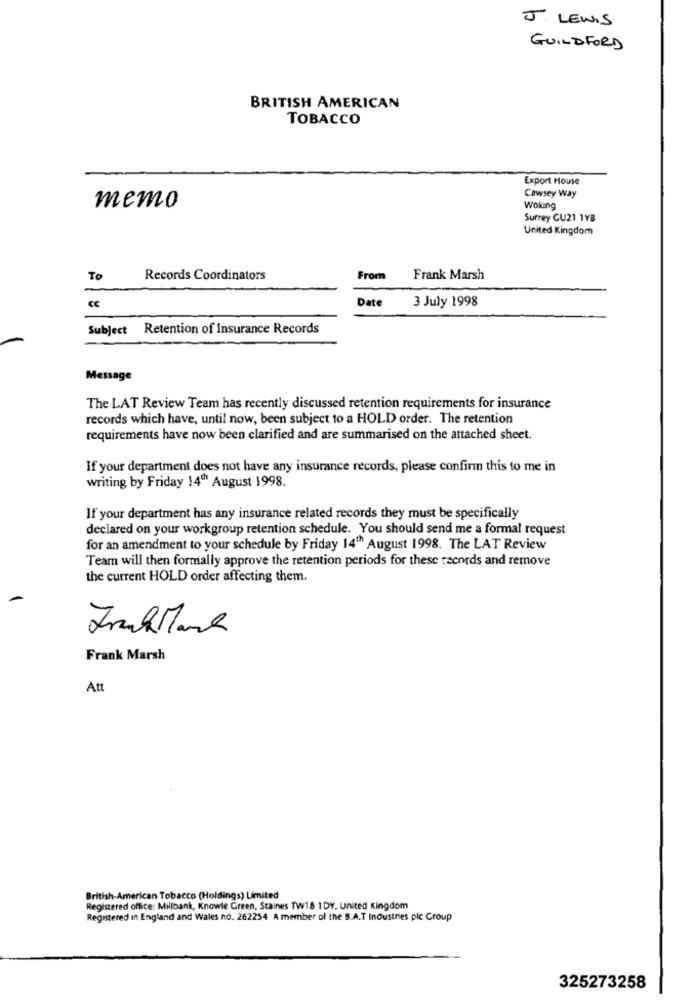
J. LEWIS
GUILDFORD
BRITISH AMERICAN
TOBACCO
Export House
Cawsey Way
memo
Woking
Surrey CU21 1YB
United Kingdom
To
Records Coordinators
From
Frank Marsh
Date
3 July 1998
CC
Subject Retention of Insurance Records
Message
The LAT Review Team has recently discussed retention requirements for insurance
records which have, until now, been subject to a HOLD order. The retention
requirements have now been clarified and are summarised on the attached sheet.
If your department does not have any insurance records, please confirm this to me in
writing by Friday 14th August 1998.
If your department has any insurance related records they must be specifically
declared on your workgroup retention schedule. You should send me a formal request
for an amendment to your schedule by Friday 14"" August 1998. The LAT Review
Team will then formally approve the retention periods for these records and remove
the current HOLD order affecting them.
Frank Marsh
Att
British-American Tobacco (Holdings) Limited
Registered office: Millbank, Knowle Green, Staines TW18 1 DY, United Kingdom
Registered in England and Wales no. 262254 A member of the S.A.T Industries plc Croup
325273258